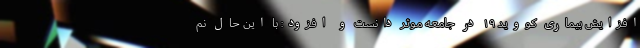
افزایش بیماری کووید ۱۹ در جامعه موثر دانست و افزود: با این حال نم